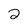
Character: 2